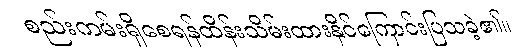
စည်းကမ်းရှိစေရန်ထိန်းသိမ်းထားနိုင်ကြောင်းပြသခဲ့၏။